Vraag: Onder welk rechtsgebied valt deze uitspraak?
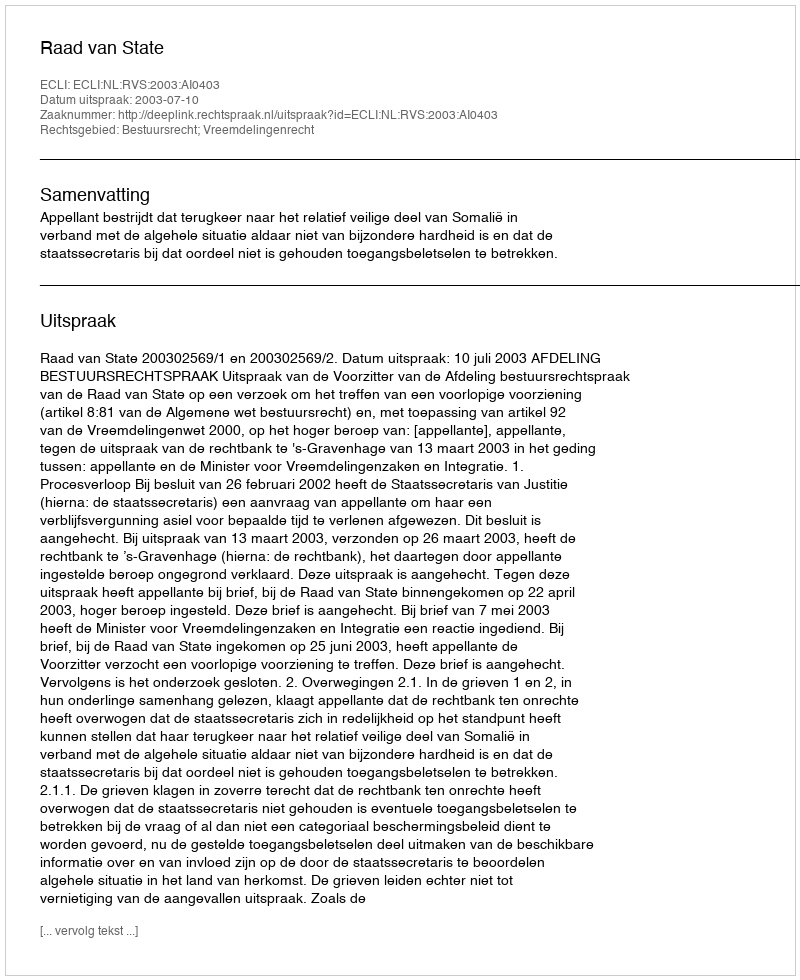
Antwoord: Bestuursrecht; Vreemdelingenrecht